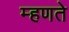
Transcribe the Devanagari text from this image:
म्‍हणते